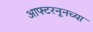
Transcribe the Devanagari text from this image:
आफ्टरनूनच्या